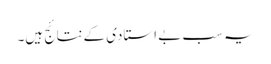
یہ سب بے استادی کےنتائج ہیں۔